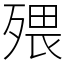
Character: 㱬